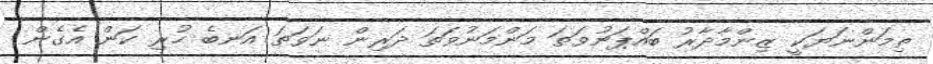
ތިމަންނަޔަކީ ޒިންމާދާރު ބައްޕަނުވަތަ މަންމަނުވަތަ ދަރިން ނަވަތަ އަނބެ ހުރި ކަން އެގެން